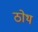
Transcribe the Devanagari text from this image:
ठोथ